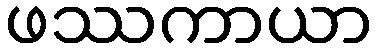
ဖဿကာယာ